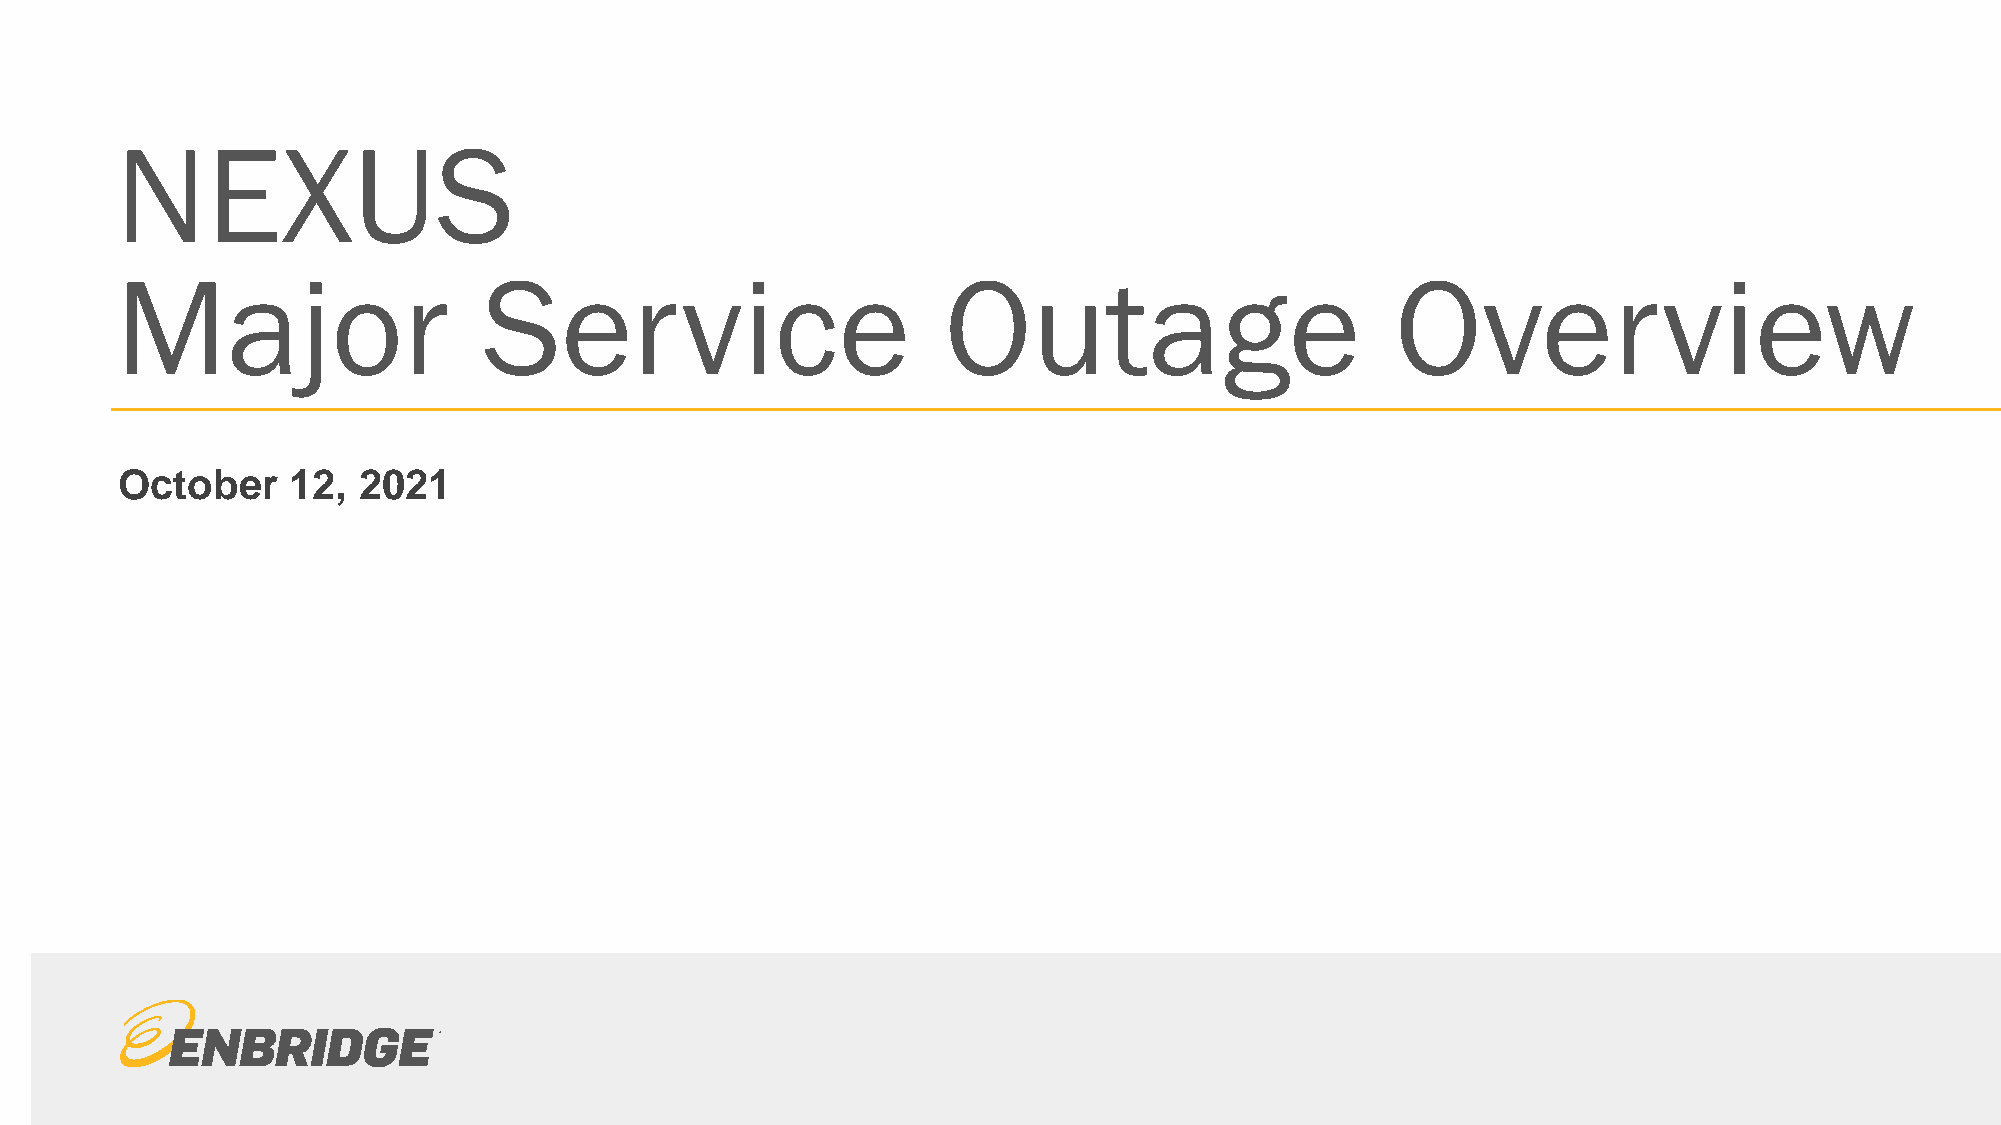
NEXUS
 Major                   Service                        Outage                       Overview
 October    12,  2021